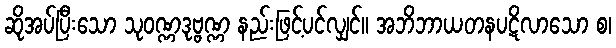
ဆိုအပ်ပြီးသော သုဝဏ္ဏဒုဗ္ဗဏ္ဏ နည်းဖြင့်ပင်လျှင်။ အဘိဘာယတနပဋိလာသော စ၊